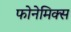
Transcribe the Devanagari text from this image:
फोनेमिक्स